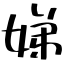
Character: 娣